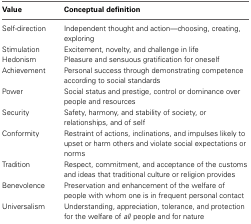
| Value | Conceptual definition |
 | --- | --- |
 | Self-direction | Independent thought and action—choosing, creating, exploring |
 | Stimulation | Excitement, novelty, and challenge in life |
 | Hedonism | Pleasure and sensuous gratification for oneself |
 | Achievement | Personal success through demonstrating competence according to social standards |
 | Power | Social status and prestige, control or dominance over people and resources |
 | Security | Safety, harmony, and stability of society, or relationships, and of self |
 | Conformity | Restraint of actions, inclinations, and impulses likely to upset or harm others and violate social expectations or norms |
 | Tradition | Respect, commitment, and acceptance of the customs and ideas that traditional culture or religion provides |
 | Benevolence | Preservation and enhancement of the welfare of people with whom one is in frequent personal contact |
 | Universalism | Understanding, appreciation, tolerance, and protection for the welfare of all people and for nature |